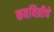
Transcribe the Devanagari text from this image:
कवयित्रीचे